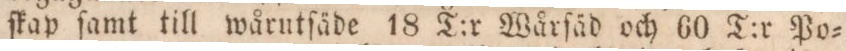
ſkap ſamt till wårutſäde 18 T:r Wårſäd och 60 T:r Po=